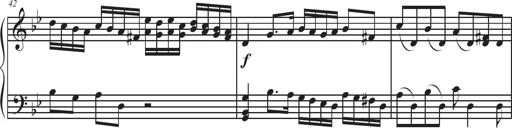
Title: Sonatina Espania
Composer: Jerald Franklin Archer
Key: Various